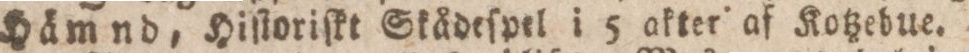
Hämnd, Hiſtoriſkt Skådeſpel i 5 akter af Kotzebue.